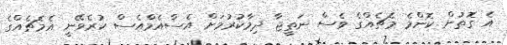
އެ ގޮތުން ކޮންމެ މެޗެއްގެ ވެސް ނަތީޖާ ދިމާކުރުމަށް އެސްއެމްއެސް ކުރެވޭނީ އެމެޗެއްގެ